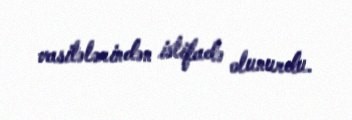
vasitələrindən istifadə olunurdu.